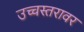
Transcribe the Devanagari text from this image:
उच्चस्तरावर